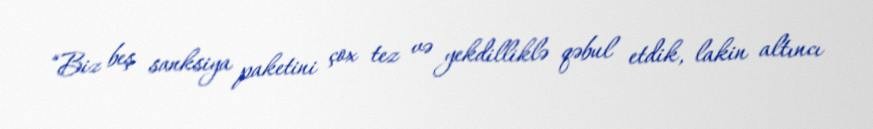
“Biz beş sanksiya paketini çox tez və yekdilliklə qəbul etdik, lakin altıncı